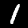
Label: 1